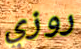
روزي